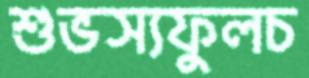
শুভস্যফুলচ